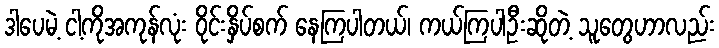
ဒါပေမဲ့ ငါ့ကိုအကုန်လုံး ဝိုင်းနှိပ်စက် နေကြပါတယ်၊ ကယ်ကြပါဦးဆိုတဲ့ သူတွေဟာလည်း